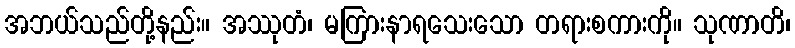
အဘယ်သည်တို့နည်း။ အဿုတံ၊ မကြားနာရသေးသော တရားစကားကို။ သုဏာတိ၊